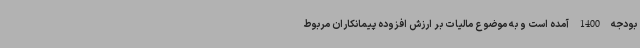
بودجه 1400 آمده است و به موضوع مالیات بر ارزش افزوده پیمانکاران مربوط